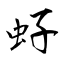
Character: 虸